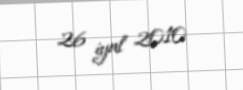
26 iyul 2010